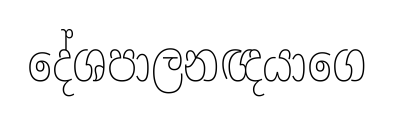
දේශපාලනඥයාගෙ